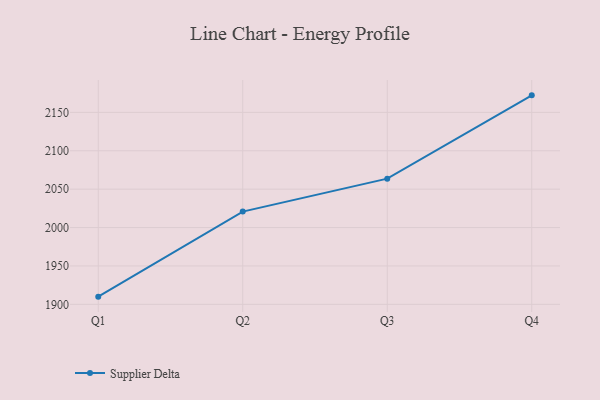
{"axis": {"x": "Quarter", "y": "Shipments"}, "legend": ["Supplier Delta"], "data": [{"x": "Q1", "y": 1910.0, "type": "Supplier Delta"}, {"x": "Q2", "y": 2020.8, "type": "Supplier Delta"}, {"x": "Q3", "y": 2063.7, "type": "Supplier Delta"}, {"x": "Q4", "y": 2172.2, "type": "Supplier Delta"}]}